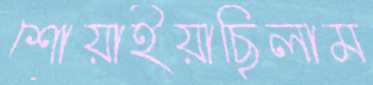
শোয়াইয়াছিলাম